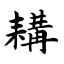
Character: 耩